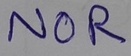
Text: NOR